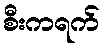
စီးကရက်